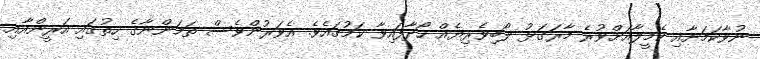
ނުވާކަމަށާއި ކެމީލާއަށްވުރެ މާރަގަޅު ލޯބިވެރިޔެއް ހޯދާފައިވާ ކަމުގައެވެ. އެވަރުންވެސް ތަމަންނާގެ ހިތުގައި އަރީންއާއި